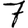
Digit: 7